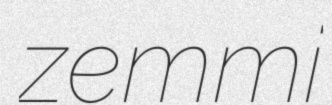
zemmi